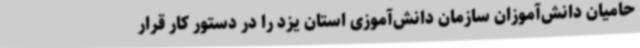
حامیان دانش‌آموزان سازمان دانش‌آموزی استان یزد را در دستور کار قرار